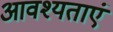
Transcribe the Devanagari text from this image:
आवश्यताएं